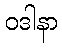
ဝဒါနာ